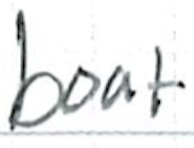
Text: boat
Cross-out: clean
Writing tool: ballpoint